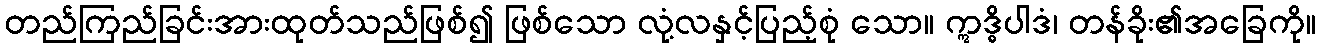
တည်ကြည်ခြင်းအားထုတ်သည်ဖြစ်၍ ဖြစ်သော လုံ့လနှင့်ပြည့်စုံ သော။ ဣဒ္ဓိပါဒံ၊ တန်ခိုး၏အခြေကို။